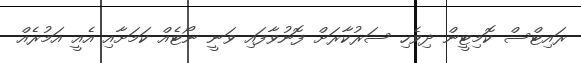
ރައިޓްސް ކޮމިޓީން ދިވެހި ސަރުކާރަށް ފޮނުވާފައި ވަނީ ނޯޓެއް ކަމަށާއި އެއީ އަމުރެއް